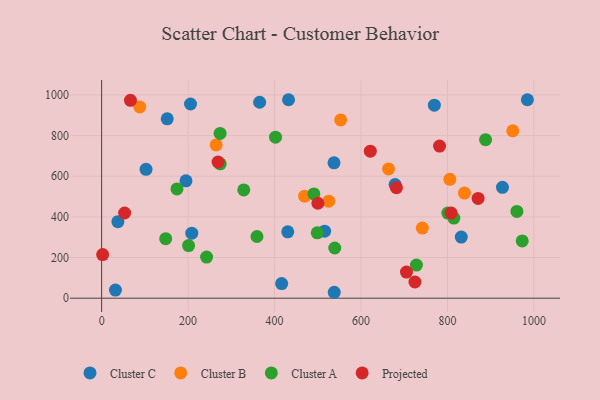
{"axis": {"x": "Ad Spend", "y": "Profit"}, "legend": ["Cluster A", "Cluster B", "Cluster C", "Projected"], "data": [{"x": "195.1", "y": 577.4, "type": "Cluster C"}, {"x": "678.9", "y": 558.9, "type": "Cluster C"}, {"x": "32.0", "y": 40.1, "type": "Cluster C"}, {"x": "984.9", "y": 976.0, "type": "Cluster C"}, {"x": "430.6", "y": 326.6, "type": "Cluster C"}, {"x": "151.7", "y": 882.3, "type": "Cluster C"}, {"x": "537.6", "y": 665.8, "type": "Cluster C"}, {"x": "432.4", "y": 976.2, "type": "Cluster C"}, {"x": "416.5", "y": 71.8, "type": "Cluster C"}, {"x": "365.5", "y": 963.8, "type": "Cluster C"}, {"x": "769.7", "y": 949.5, "type": "Cluster C"}, {"x": "102.7", "y": 633.8, "type": "Cluster C"}, {"x": "37.6", "y": 376.2, "type": "Cluster C"}, {"x": "515.8", "y": 329.7, "type": "Cluster C"}, {"x": "832.0", "y": 300.5, "type": "Cluster C"}, {"x": "208.6", "y": 319.8, "type": "Cluster C"}, {"x": "538.1", "y": 29.1, "type": "Cluster C"}, {"x": "205.6", "y": 955.1, "type": "Cluster C"}, {"x": "927.3", "y": 545.1, "type": "Cluster C"}, {"x": "663.7", "y": 636.0, "type": "Cluster B"}, {"x": "805.5", "y": 584.8, "type": "Cluster B"}, {"x": "741.9", "y": 345.1, "type": "Cluster B"}, {"x": "469.6", "y": 501.8, "type": "Cluster B"}, {"x": "951.1", "y": 823.3, "type": "Cluster B"}, {"x": "264.9", "y": 753.9, "type": "Cluster B"}, {"x": "525.4", "y": 477.3, "type": "Cluster B"}, {"x": "88.2", "y": 940.3, "type": "Cluster B"}, {"x": "552.9", "y": 876.6, "type": "Cluster B"}, {"x": "839.3", "y": 516.9, "type": "Cluster B"}, {"x": "491.0", "y": 512.8, "type": "Cluster A"}, {"x": "814.8", "y": 394.3, "type": "Cluster A"}, {"x": "274.1", "y": 810.2, "type": "Cluster A"}, {"x": "174.3", "y": 537.5, "type": "Cluster A"}, {"x": "973.0", "y": 281.9, "type": "Cluster A"}, {"x": "274.3", "y": 661.0, "type": "Cluster A"}, {"x": "539.3", "y": 246.8, "type": "Cluster A"}, {"x": "800.8", "y": 418.5, "type": "Cluster A"}, {"x": "728.3", "y": 162.7, "type": "Cluster A"}, {"x": "242.8", "y": 202.3, "type": "Cluster A"}, {"x": "888.2", "y": 779.8, "type": "Cluster A"}, {"x": "328.8", "y": 532.5, "type": "Cluster A"}, {"x": "960.7", "y": 426.8, "type": "Cluster A"}, {"x": "359.3", "y": 303.4, "type": "Cluster A"}, {"x": "201.2", "y": 258.7, "type": "Cluster A"}, {"x": "402.3", "y": 791.9, "type": "Cluster A"}, {"x": "498.8", "y": 321.7, "type": "Cluster A"}, {"x": "148.2", "y": 292.5, "type": "Cluster A"}, {"x": "781.7", "y": 748.2, "type": "Projected"}, {"x": "724.8", "y": 79.7, "type": "Projected"}, {"x": "808.5", "y": 418.9, "type": "Projected"}, {"x": "705.2", "y": 128.6, "type": "Projected"}, {"x": "682.0", "y": 543.6, "type": "Projected"}, {"x": "66.7", "y": 973.2, "type": "Projected"}, {"x": "621.5", "y": 723.2, "type": "Projected"}, {"x": "53.2", "y": 419.0, "type": "Projected"}, {"x": "870.9", "y": 490.6, "type": "Projected"}, {"x": "500.3", "y": 467.1, "type": "Projected"}, {"x": "269.3", "y": 670.0, "type": "Projected"}, {"x": "2.3", "y": 214.4, "type": "Projected"}]}